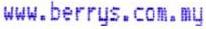
WWW.BERRYS.COM.MY